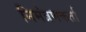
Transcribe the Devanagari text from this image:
निमंत्रणकर्ता